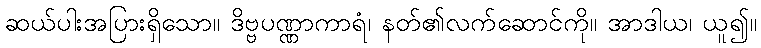
ဆယ်ပါးအပြားရှိသော။ ဒိဗ္ဗပဏ္ဏာကာရံ၊ နတ်၏လက်ဆောင်ကို။ အာဒါယ၊ ယူ၍။